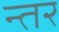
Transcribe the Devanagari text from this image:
न्तर